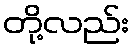
တို့လည်း